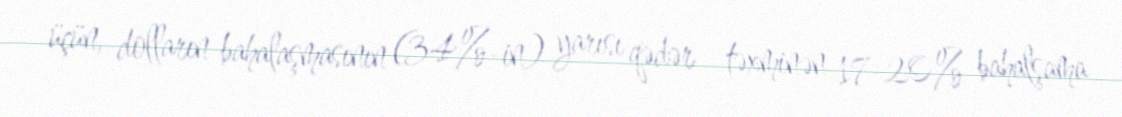
üçün, dolların bahalaşmasının (34%-in) yarısı qədər - təxminən 17-20% bahalşama